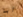
ابا